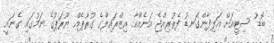
ބޮޑު ސިޓީއަށް އަލިފާންގަނޑު ފެތުރިއްޖެ އަނެއްކާ އިޒްރައިލްގެ ގުރޫޕެއް ޔޫރަޕުގެ ނަމުގައި ގެނައީ